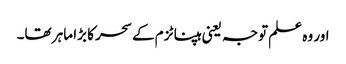
اور وہ علم توجہ یعنی ہپناٹزم کے سحر کا بڑا ماہر تھا۔